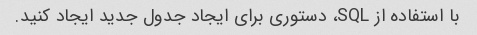
با استفاده از SQL، دستوری برای ایجاد جدول جدید ایجاد کنید.